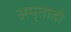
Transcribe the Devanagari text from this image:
अमृतादी